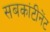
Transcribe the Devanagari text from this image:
सबकांटीनेंट